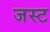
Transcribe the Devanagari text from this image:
जस्‍ट